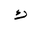
Letter: _kaf